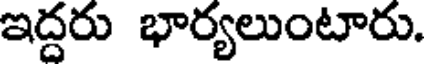
ఇద్దరు భార్యలుంటారు.